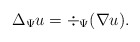
\begin{align*}\Delta_{\Psi} u = \div_{\Psi}(\nabla u).\end{align*}